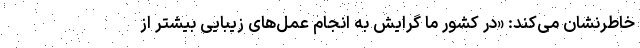
خاطرنشان می‌کند: «در کشور ما گرایش به انجام عمل‌های زیبایی بیشتر از